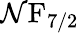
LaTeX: \mathcal{N}\mathrm{{F}}_{7/2}